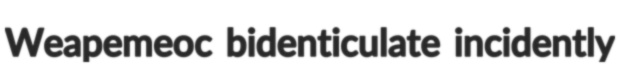
Weapemeoc bidenticulate incidently